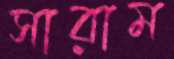
সারাম